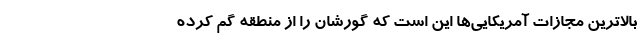
بالاترین مجازات آمریکایی‌ها این است که گورشان را از منطقه گم کرده